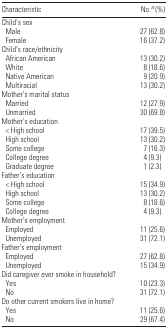
| <COLSPAN=2> Characteristic | No.a (%) |
 | --- | --- | --- |
 | Child’s sex |
 | Male | 27 (62.8) |
 | Female | 16 (37.2) |
 | <COLSPAN=2> Child’s race/ethnicity |
 | African American | 13 (30.2) |
 | White | 8 (18.6) |
 | Native American | 9 (20.9) |
 | Multiracial | 13 (30.2) |
 | <COLSPAN=2> Mother’s marital status |
 | Married | 12 (27.9) |
 | Unmarried | 30 (69.8) |
 | <COLSPAN=2> Mother’s education |
 | < High school | 17 (39.5) |
 | High school | 13 (30.2) |
 | Some college | 7 (16.3) |
 | College degree | 4 (9.3) |
 | Graduate degree | 1 (2.3) |
 | <COLSPAN=2> Father’s education |
 | < High school | 15 (34.9) |
 | High school | 13 (30.2) |
 | Some college | 8 (18.6) |
 | College degree | 4 (9.3) |
 | <COLSPAN=2> Mother’s employment |
 | Employed | 11 (25.6) |
 | Unemployed | 31 (72.1) |
 | <COLSPAN=2> Father’s employment |
 | Employed | 27 (62.8) |
 | Unemployed | 15 (34.9) |
 | <COLSPAN=2> Did caregiver ever smoke in household? |
 | Yes | 10 (23.3) |
 | No | 31 (72.1) |
 | <COLSPAN=2> Do other current smokers live in home? |
 | Yes | 11 (25.6) |
 | No | 29 (67.4) |